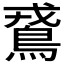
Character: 𪀵